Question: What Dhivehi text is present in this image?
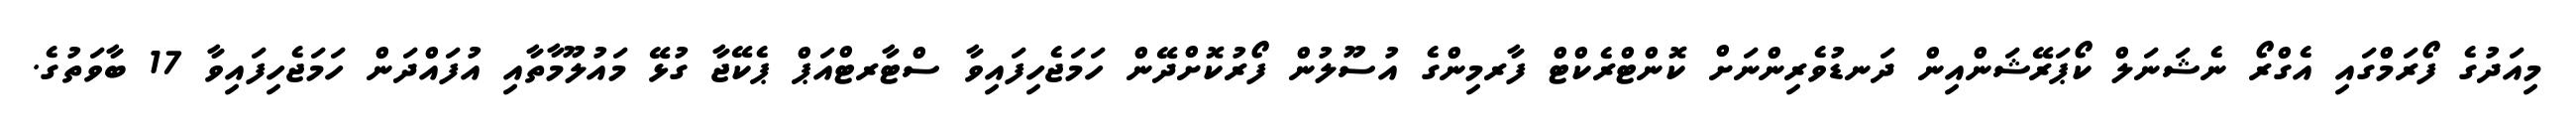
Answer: މިއަދުގެ ފޯރަމްގައި އެގްރޯ ނެޝަނަލް ކޯޕަރޭޝަންއިން ދަނޑުވެރިންނަށް ކޮންޓްރެކްޓް ފާރމިންގެ އުސޫލުން ފޯރުކޮށްދޭން ހަމަޖެހިފައިވާ ސްޓާރޓްއަޕް ޕެކޭޖާ ގުޅޭ މައުލޫމާތާއި އުފައްދަން ހަމަޖެހިފައިވާ 17 ބާވަތުގެ.